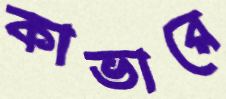
কাভারে